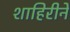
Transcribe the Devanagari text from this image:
शाहिरीने